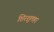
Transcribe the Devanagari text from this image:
शिरशूलहर